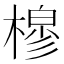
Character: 𰘟